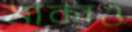
মাকাও